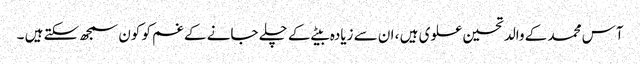
آس محمد کے والد تحسین علوی ہیں ، ان سے زیادہ بیٹے کے چلے جانے کے غم کو کون سمجھ سکتے ہیں ۔